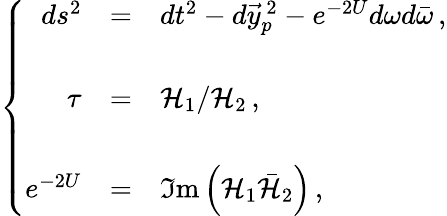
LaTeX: \left\{ \begin{array}{rcl}{{ds^{2}}}&{{=}}&{{dt^{2}-d\vec{y}_{p}^{\ 2}-e^{-2U}d\omega d\bar{\omega}\, ,}}\\ {{}}&{{}}&{{}}\\ {{\tau}}&{{=}}&{{{\cal H}_{1}/{\cal H}_{2}\, ,}}\\ {{}}&{{}}&{{}}\\ {{e^{-2U}}}&{{=}}&{{\Im\mathrm{m}\left({\cal H}_{1}\bar{\cal H}_{2}\right)\, ,}}\end{array}\right.